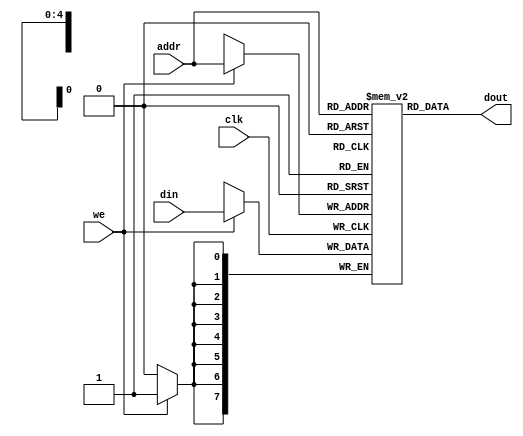
`timescale 1ns / 1ps
//////////////////////////////////////////////////////////////////////////////////
// Company:       Universidad Pontificia Bolivariana
// 
// Design Name: 
// Module Name:    memram 
// Project Name: 
// Target Devices: 
// Tool versions: 
// Description: 
//
// Dependencies: 
//
// Revision: 
// Revision 0.01 - File Created
// Additional Comments: 
//
//////////////////////////////////////////////////////////////////////////////////
module memram(
    input clk,
    input [7:0] din,
    input [4:0] addr,
    output [7:0] dout,
    input we
    );

   (* RAM_STYLE="DISTRIBUTED" *)
   
	reg [7:0] ram [31:0];

   always @(posedge clk)
      if (we)
         ram[addr] <= din;

   assign dout = ram[addr];   
					

endmodule